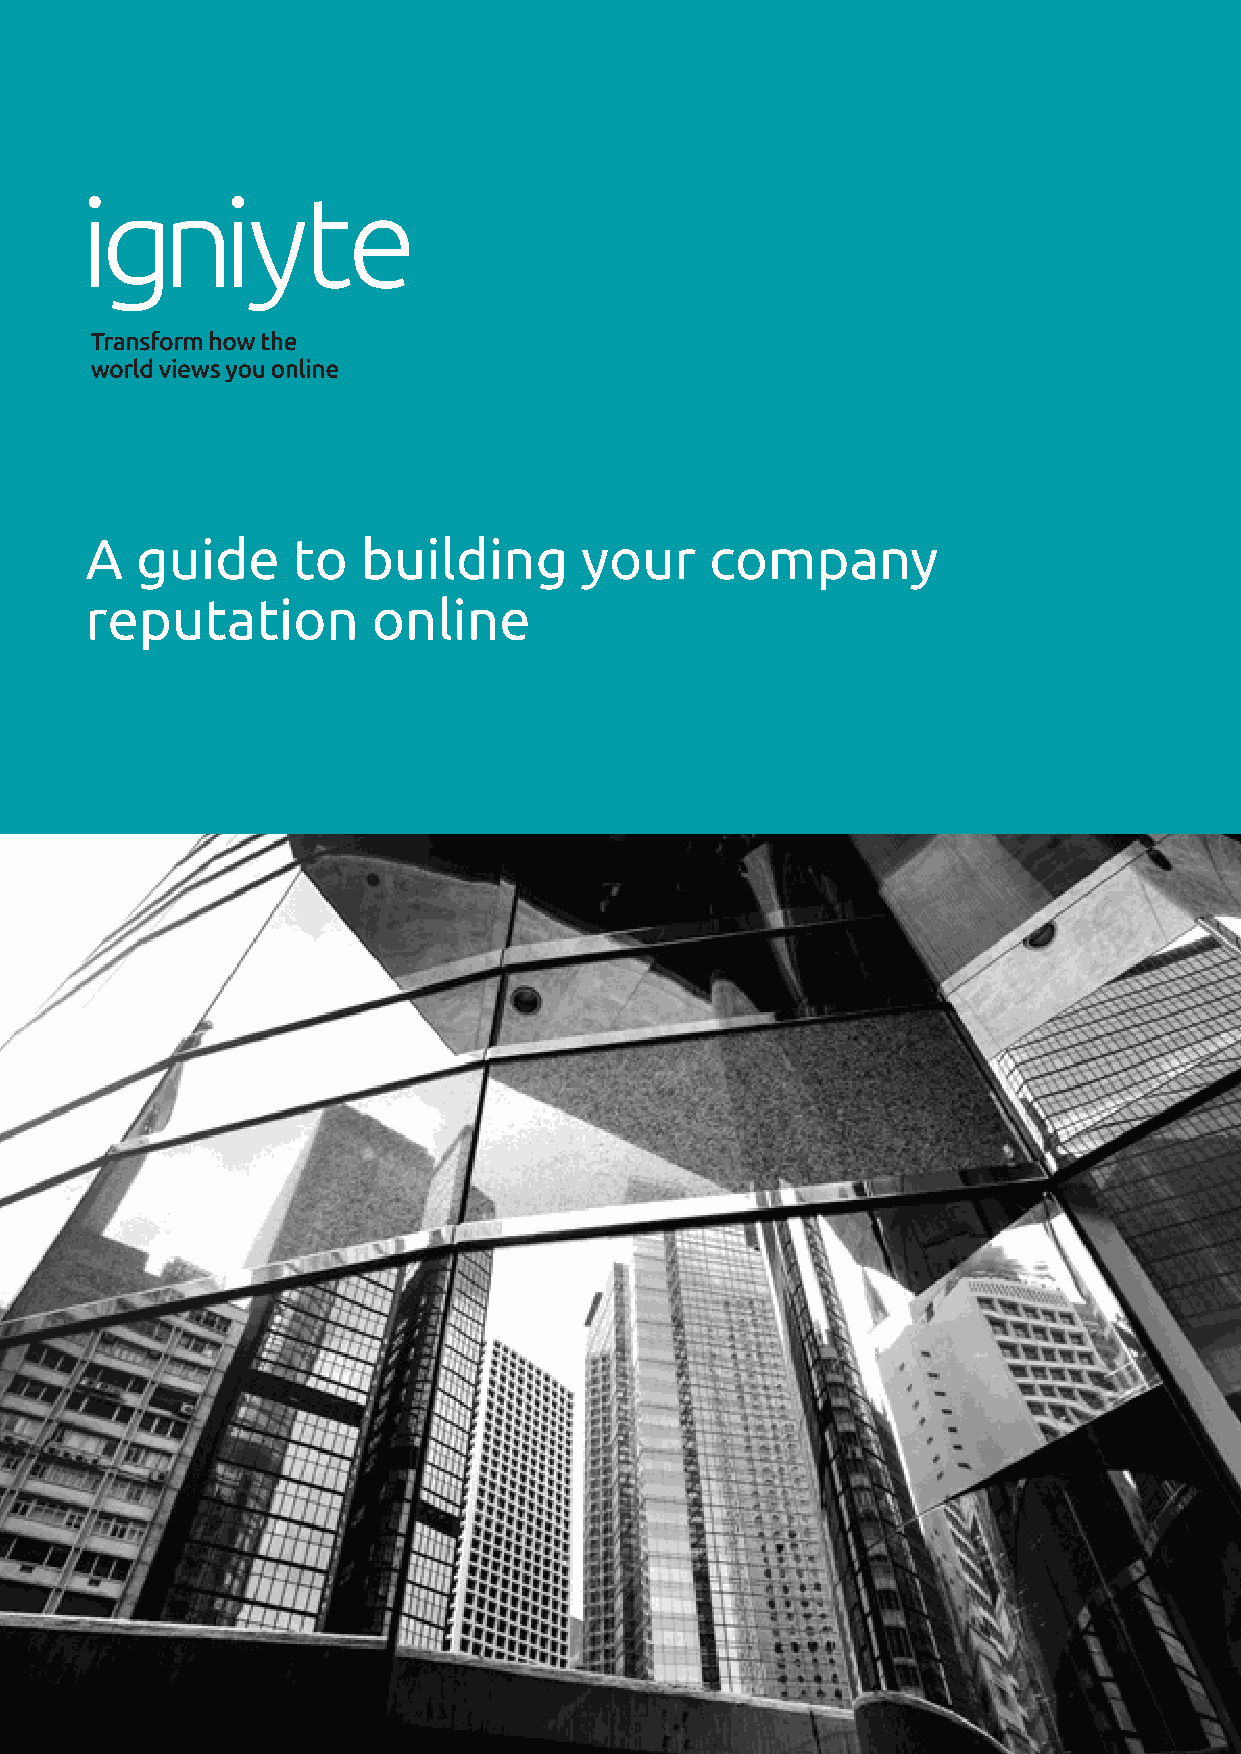
A  guide     to   building      your     company
 reputation         online